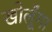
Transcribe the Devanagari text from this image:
खोलूँगा